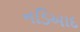
નડિઆદ